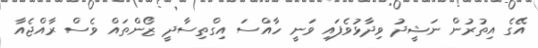
އޭގެ އިތުރުން ނަޝީދު ވިދާޅުވެފައި ވަނީ ހާއްސަ އިގްތިސާދީ ޒޯންތައް ވެސް ރާއްޖެއާ